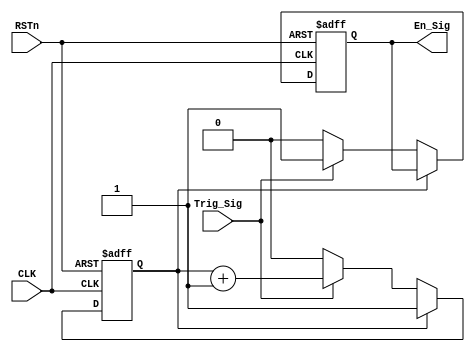
///////////////////////////////////////////////////////
//// KEY_DETECT_MODULE.v
//// 				ZHAOCHAO
////					2016-11-13
//////////////////////////////////
////

module INTER_CTL_MODULE
(
	CLK, RSTn, Trig_Sig, En_Sig
);

	input CLK;
	input RSTn;
	input Trig_Sig;
	output En_Sig;
	
	
	
	reg state_index;
	reg isEn;
	
	always@(posedge CLK or negedge RSTn)
		if(!RSTn)
			begin
				state_index <= 1'd0;
				isEn = 1'b0;
			end
		else
			case(state_index)
				2'd0:
					if(Trig_Sig)
						begin 
							isEn <= 1'b1;
							state_index <= state_index + 1'b1;
						end
					else
						begin 
							isEn <= 1'b0;
							state_index <= 1'd0;
						end
			endcase
			
	///////////////////////////
	
	assign En_Sig = isEn;
	
	
endmodule